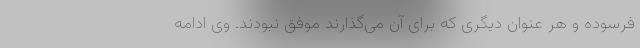
فرسوده و هر عنوان دیگری که برای آن می‌گذارند موفق نبودند. وی ادامه